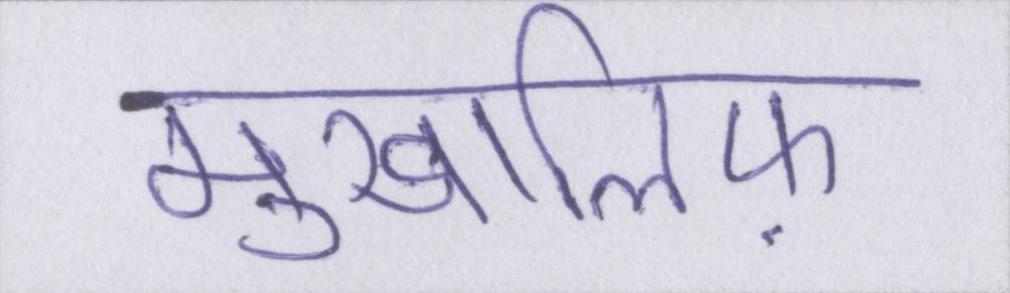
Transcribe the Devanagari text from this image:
मुखालिफ़